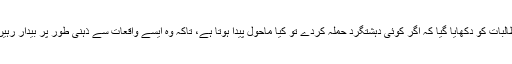
طالبات کو دکھایا گیا کہ اگر کوئی دہشتگرد حملہ کردے تو کیا ماحول پیدا ہوتا ہے، تاکہ وہ ایسے واقعات سے ذہنی طور پر بیدار رہیں۔